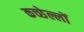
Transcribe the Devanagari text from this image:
कच्छेल्लों